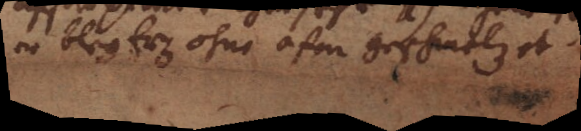
er bley Erz ohne ofen geschmelzet.